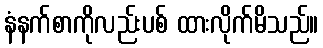
နံနက်စာကိုလည်းပစ် ထားလိုက်မိသည်။